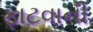
ફાટવાની